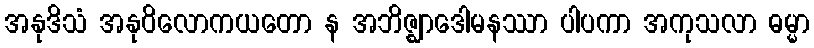
အနုဒိသံ အနုဝိလောကယတော န အဘိဇ္ဈာဒေါမနဿာ ပါပကာ အကုသလာ ဓမ္မာ